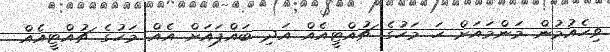
ވިހެއުމުން މަަންމައަށް ހަ މަހުގެ ޗުއްޓީއެއް އަދި ބައްޕައަށް އެއް މަހުގެ ޗުއްޓީއެއް